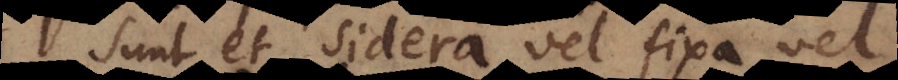
Sunt et sidera vel fixa vel